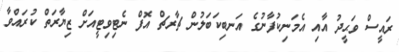
ރައީސް ވަޙީދު އާއި އެމަނިކުފާނުގެ އަނބިކަބަލުން ޗާރޗް އޮފް ނެޓިވިޓީއަށް ޒިޔާރަތް ކުރައްވާ